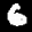
Label: 6